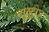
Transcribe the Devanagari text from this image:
दुल्लुक्षेत्र